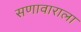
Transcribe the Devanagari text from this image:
सणावाराला